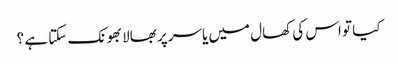
کیا تو اس کی کھال میں یاسر پر بھالا بھونک سکتا ہے ؟